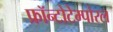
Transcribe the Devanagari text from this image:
फ्रॉन्टोटेम्पोरल